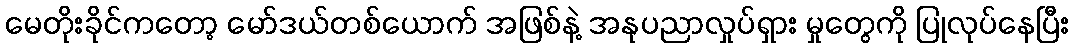
မေတိုးခိုင်ကတော့ မော်ဒယ်တစ်ယောက် အဖြစ်နဲ့ အနုပညာလှုပ်ရှား မှုတွေကို ပြုလုပ်နေပြီး